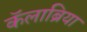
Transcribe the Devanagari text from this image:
कॅलाब्रिया